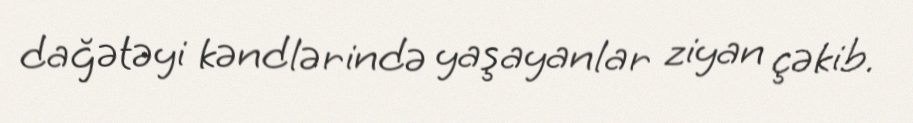
dağətəyi kəndlərində yaşayanlar ziyan çəkib.